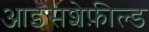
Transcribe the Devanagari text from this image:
आइसशेफ़ील्ड